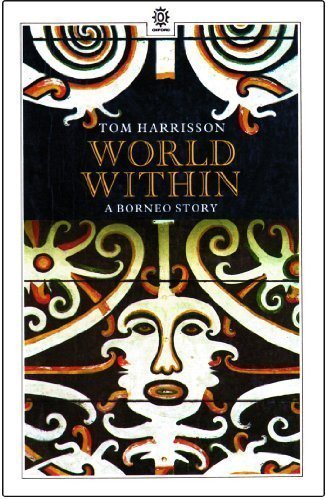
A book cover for World Within: A Borneo Story (Oxford in Asia Paperbacks); Tom Harrison; Travel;